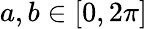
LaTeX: a,b\in[0,2\pi]